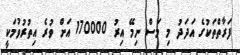
ފަރާތްތަކުގެ އަދަދު މި މަސް ނިމޭ އިރު 170000 އަށް ވުރެ އިތުރުވުމަކީ